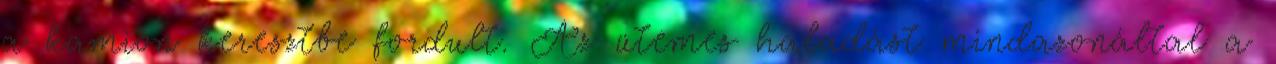
a kamion keresztbe fordult. Az ütemes haladást mindazonáltal a